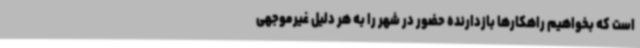
است که بخواهیم راهکارها بازدارنده حضور در شهر را به هر دلیل غیرموجهی